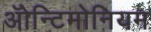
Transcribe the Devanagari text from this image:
ॲोन्टिमोनियम